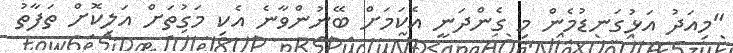
"މިއަދު އަޅުގަނޑުމެން މި ގެންދަނީ އެކަމަށް ބޭނުންވާނެ އެކި މަގުތަށް އަލިކޮށް ތަފާތު